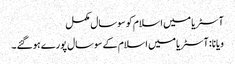
آسٹریا میں اسلام کو سوسال مکمل
ویانا: آسٹریا میں اسلام کے سوسال پورے ہوگئے ۔